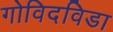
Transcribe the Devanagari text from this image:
गोविदविडा